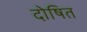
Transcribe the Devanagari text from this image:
दोषित